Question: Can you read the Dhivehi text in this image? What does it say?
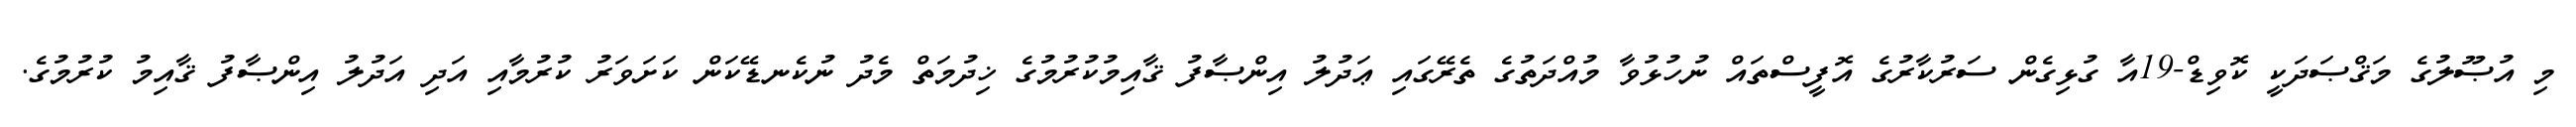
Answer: މި އުޞޫލުގެ މަޤްޞަދަކީ ކޮވިޑް-19އާ ގުޅިގެން ސަރުކާރުގެ އޮފީސްތައް ނުހުޅުވާ މުއްދަތުގެ ތެރޭގައި ޢަދުލު އިންޞާފު ޤާއިމުކުރުމުގެ ޚިދުމަތް މެދު ނުކެނޑޭކަން ކަށަވަރު ކުރުމާއި އަދި އަދުލު އިންޞާފު ޤާއިމު ކުރުމުގެ.